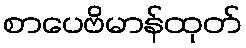
စာပေဗိမာန်ထုတ်